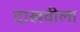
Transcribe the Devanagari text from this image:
दाखवीला